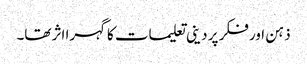
ذہن اور فکر پر دینی تعلیمات کاگہرا اثر تھا۔